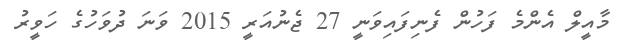
މާއީލް އެންމެ ފަހުން ފެނިފައިވަނީ 27 ޖެނުއަރީ 2015 ވަނަ ދުވަހުގެ ހަވީރު